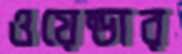
ওয়েল্ডার